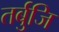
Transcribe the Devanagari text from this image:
तर्बुजि